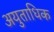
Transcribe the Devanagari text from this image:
अयुताधिक